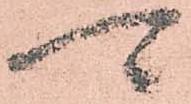
可